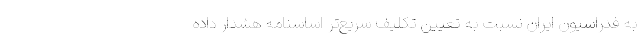
به فدراسیون ایران نسبت به تعیین تکلیف سریع‌تر اساسنامه هشدار داده